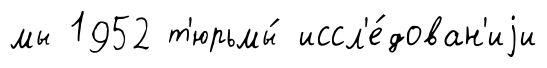
мы 1952 т'юрьмы́ иссл'е́дован'иjи